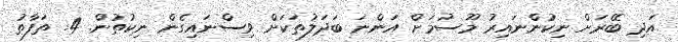
އަދި ބޭރަށް ނިކުންނައިރު މޫސުމަށް އަންނަ ބަދަލުތަކަށް ވިސްނައިގެން ނިކުތުން. 4. ތަފާތު